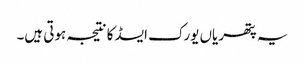
یہ پتھریاں یورک ایسڈ کا نتیجہ ہوتی ہیں۔